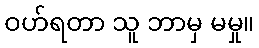
ဝဟ်ရတာ သူ ဘာမှ မမှု။